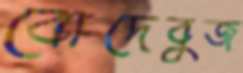
বোদেবুজ